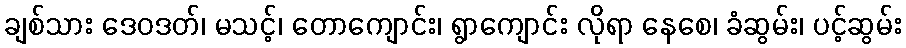
ချစ်သား ဒေဝဒတ်၊ မသင့်၊ တောကျောင်း၊ ရွာကျောင်း လိုရာ နေစေ၊ ခံဆွမ်း၊ ပင့်ဆွမ်း